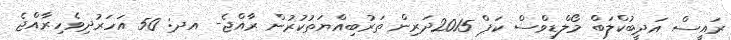
ރައީސް އަދީބުކްލަބް މޯލްޑިވްސް ކަޕް 2015ދަރިން ތަރުބިއްޔަތުކުރުން ރާއްޖެ- އދ: 50 އަހަރުދިވެހިރާއްޖެ